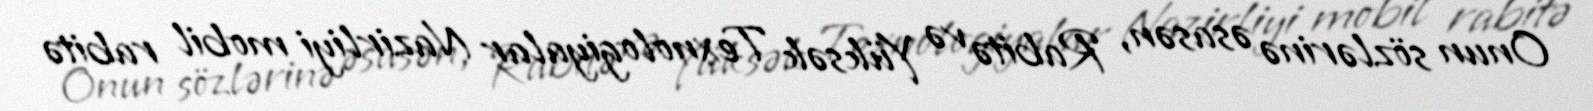
Onun sözlərinə əsasən, Rabitə və Yüksək Texnologiyalar Nazirliyi mobil rabitə